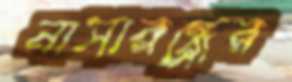
নাসারন্ধ্রের